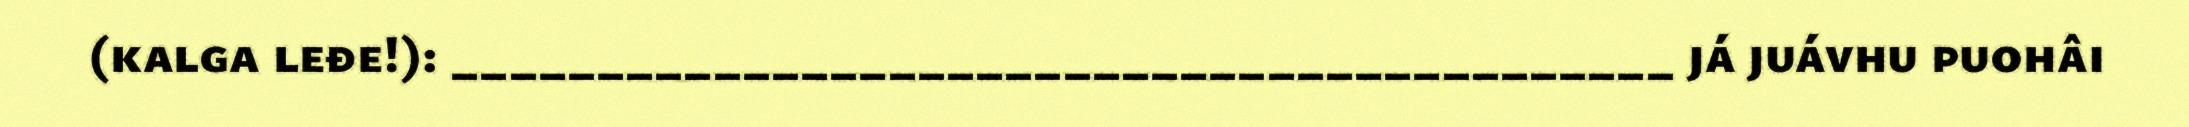
(kalga leđe!): __________________________________________ já juávhu puohâi